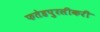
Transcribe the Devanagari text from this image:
फतेहपुरसीकरी